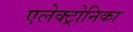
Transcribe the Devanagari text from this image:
एलेक्ट्रोनिका